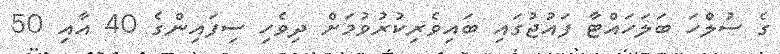
ގެ ސުލްހަ ބަލަހައްޓާ ފައުޖުގައި ބައިވެރިކުރުވުމަށް ދިވެހި ސިފައިންގެ 40 އާއި 50